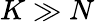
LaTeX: K\gg N